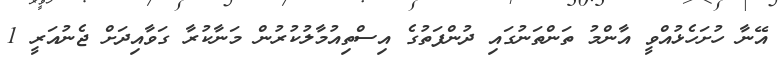
އޭނާ ހުށަހެޅުއްވީ އާންމު ތަންތަނުގައި ދުންފަތުގެ އިސްތިއުމާލުކުރުން މަނާކުރާ ގަވާއިދަށް ޖެނުއަރީ 1